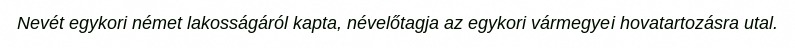
Nevét egykori német lakosságáról kapta, névelőtagja az egykori vármegyei hovatartozásra utal.